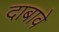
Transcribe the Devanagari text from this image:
दाबावे